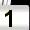
Digit: 1